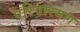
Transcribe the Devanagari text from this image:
परिवारगण